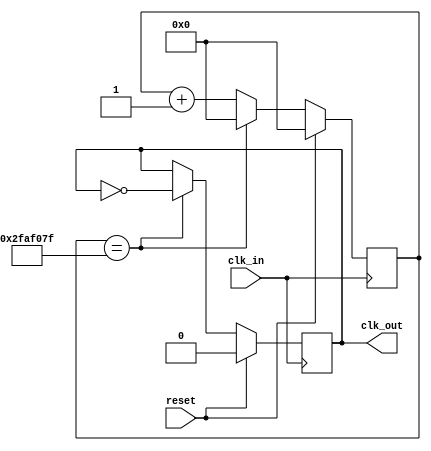
/*
 * clk_divider.v
 * 2017/04/17 - Felipe Veas <felipe.veasv [at] usm.cl>
 *
 * Divisor de reloj basado en un contador para una frecuencia de entrada
 * de 100 [MHz]
 *
 * Recibe como parmetro opcional la frecuencia de salida que debe entregar.
 *
 * Valores por defecto:
 *     O_CLK_FREQ:   1  [Hz] (reloj de salida)
 *
 * Rango de operacin:
 *     1 <= clk_out <= 50_000_000 [Hz]
 */

`timescale 1ns / 1ps

module clk_divider
#(
	parameter O_CLK_FREQ = 1
)(
	input clk_in,
	input reset,
	output reg clk_out
);

	/*
	 * Calculamos el valor mximo que nuestro contador debe alcanzar en funcin
	 * de O_CLK_FREQ
	 */
	localparam COUNTER_MAX = 'd100_000_000/(2 * O_CLK_FREQ) - 1;

	reg [26:0] counter = 'd0;

	/*
	 * Bloque procedimental que resetea el contador e invierte el valor del reloj de
	 * salida cada vez que el contador llega a su valor mximo.
	 */
	always @(posedge clk_in) begin
		if (reset == 1'b1) begin
			// Seal reset sincrnico, setea el contador y la salida a un valor conocido
			counter <= 'd0;
			clk_out <= 0;
		end else if (counter == COUNTER_MAX) begin
			// Se resetea el contador y se invierte la salida
			counter <= 'd0;
			clk_out <= ~clk_out;
		end else begin
			// Se incrementa el contador y se mantiene la salida con su valor anterior
			counter <= counter + 'd1;
			clk_out <= clk_out;
		end
	end

endmodule